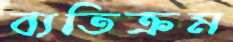
ব্যতিক্রম